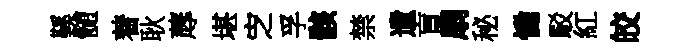
鞵髄着耿蓐堪㝎孚骸禁遺盲扇秘慟駁紅皎